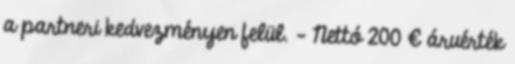
a partneri kedvezményen felül. - Nettó 200 € áruérték